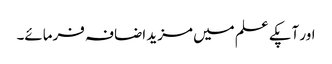
اور آپکے علم میں مزید اضافہ فرمائے۔